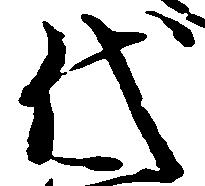
代